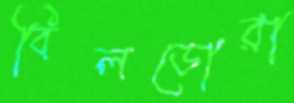
বিলডোরা